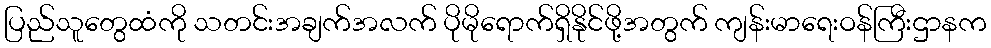
ပြည်သူတွေထံကို သတင်းအချက်အလက် ပိုမိုရောက်ရှိနိုင်ဖို့အတွက် ကျန်းမာရေးဝန်ကြီးဌာနက